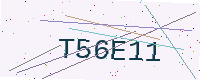
Text: T56E11